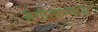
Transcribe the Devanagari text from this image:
संगीताभ्यास